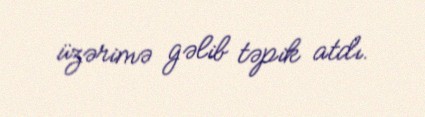
üzərimə gəlib təpik atdı.